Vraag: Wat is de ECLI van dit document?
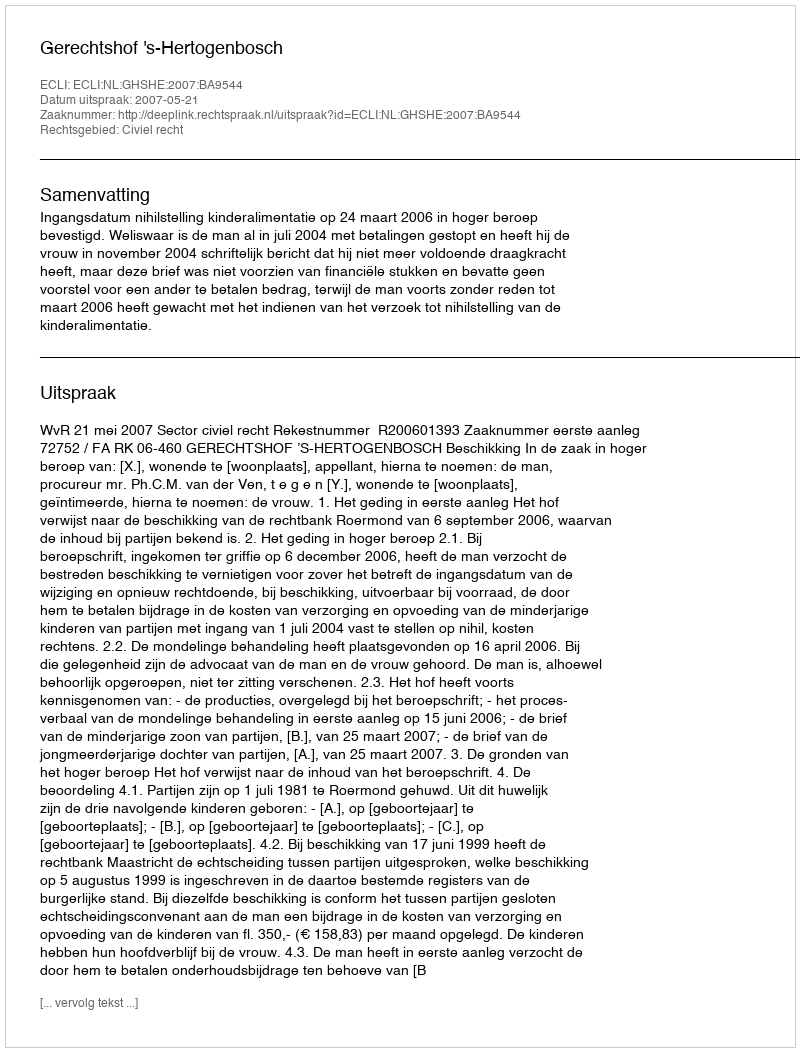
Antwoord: ECLI:NL:GHSHE:2007:BA9544